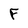
Character: F